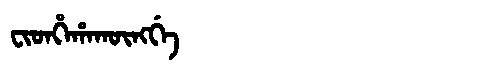
Manchu: ᠸᡳᡨᡥᡝᡥᠠᡴᡡᠩᡤᡝ
Romanization: FITHEHAKŪNGGE